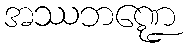
အဿဘဏ္ဍေ